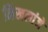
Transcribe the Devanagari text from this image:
निखलांजे